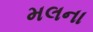
મલના